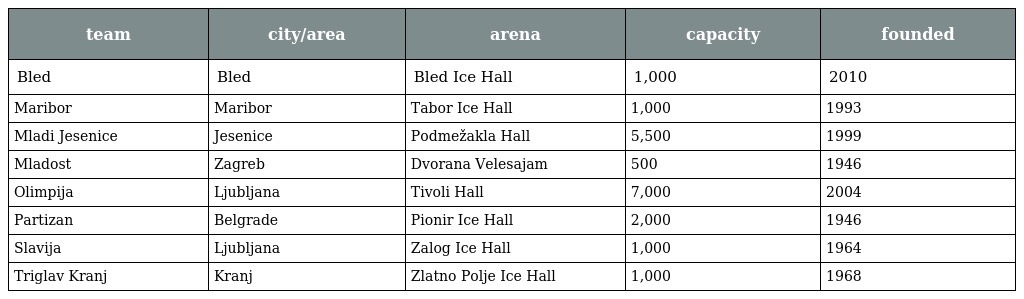
| team | city/area | arena | capacity | founded |
 | --- | --- | --- | --- | --- |
 | Bled | Bled | Bled Ice Hall | 1,000 | 2010 |
 | Maribor | Maribor | Tabor Ice Hall | 1,000 | 1993 |
 | Mladi Jesenice | Jesenice | Podmežakla Hall | 5,500 | 1999 |
 | Mladost | Zagreb | Dvorana Velesajam | 500 | 1946 |
 | Olimpija | Ljubljana | Tivoli Hall | 7,000 | 2004 |
 | Partizan | Belgrade | Pionir Ice Hall | 2,000 | 1946 |
 | Slavija | Ljubljana | Zalog Ice Hall | 1,000 | 1964 |
 | Triglav Kranj | Kranj | Zlatno Polje Ice Hall | 1,000 | 1968 |